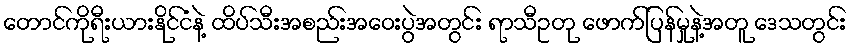
တောင်ကိုရီးယားနိုင်ငံနဲ့ ထိပ်သီးအစည်းအဝေးပွဲအတွင်း ရာသီဥတု ဖောက်ပြန်မှုနဲ့အတူ ဒေသတွင်း